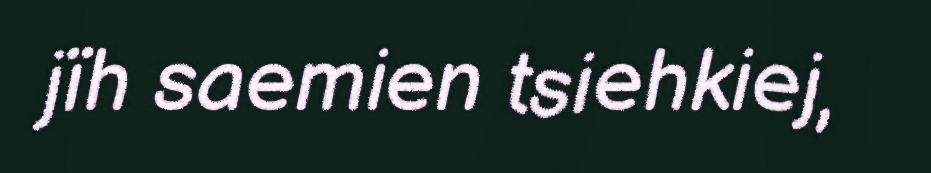
jïh saemien tsiehkiej,